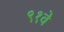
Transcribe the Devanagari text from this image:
९१वे